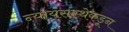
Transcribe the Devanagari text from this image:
न्यायसंस्थेकडून